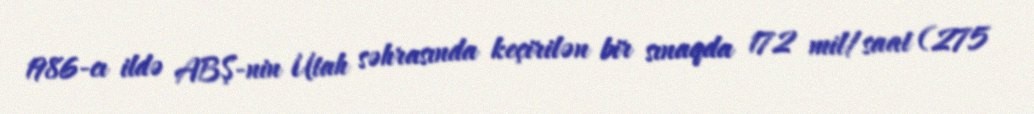
1986-cı ildə ABŞ-nin Utah səhrasında keçirilən bir sınaqda 172 mil/saat (275